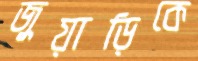
জুয়াড়িকে